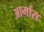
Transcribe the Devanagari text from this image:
आर्मास